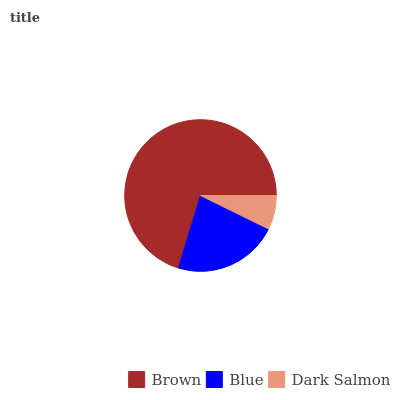
| Brown | Blue | Dark Salmon |
 | --- | --- | --- |
 | 70.3% | 22.4% | 7.27% |